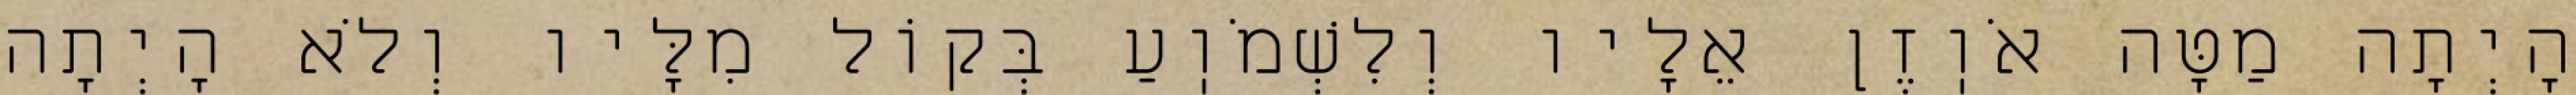
הָיְתָה מַטָּה אֹוֽזֶן אֵלָיו וְלִשְׁמֹוֽעַ בְּקוֹל מִלָּיו וְלֹא הָיְתָה